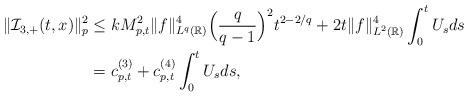
LaTeX: \begin{align*}\| \mathcal{I}_{3,+}(t,x) \|_p^2 & \leq k M_{p,t}^2 \|f\|_{L^q(\mathbb{R})}^4\Big(\frac{q}{q-1}\Big)^2 t^{2-2/q} + 2t \|f\|_{L^2(\mathbb{R})}^4 \int_0^t U_s ds\\& = c^{(3)}_{p,t} + c^{(4)} _{p,t} \int_0^t U_s ds,\end{align*}